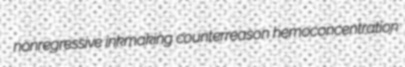
nonregressive inkmaking counterreason hemoconcentration